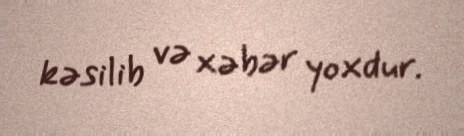
kəsilib və xəbər yoxdur.